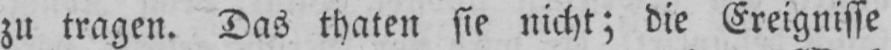
zu tragen. Das thaten sie nicht; die Ereignisse